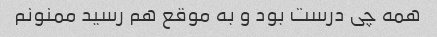
همه چی درست بود و به موقع هم رسید‌ ممنونم